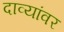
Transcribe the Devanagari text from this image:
दाव्यांवर